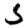
Digit: 5